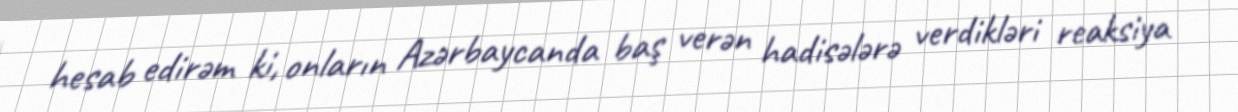
hesab edirəm ki, onların Azərbaycanda baş verən hadisələrə verdikləri reaksiya